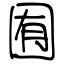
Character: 囿